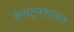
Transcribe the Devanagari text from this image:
कंसट्रक्शनल